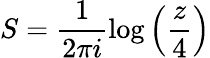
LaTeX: S=\frac{1}{2\pi i}\log\left(\frac{z}{4}\right)